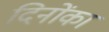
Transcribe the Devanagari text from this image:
दिनोंका